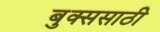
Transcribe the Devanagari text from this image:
बुक्ससाठी